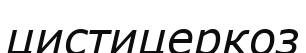
цистицеркоз